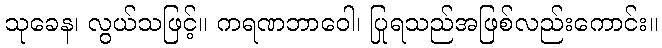
သုခေန၊ လွယ်သဖြင့်။ ကရဏဘာဝေါ၊ ပြုရသည်အဖြစ်လည်းကောင်း။